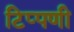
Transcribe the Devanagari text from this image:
टिप्‍पणी